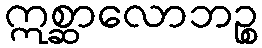
ဣစ္ဆာလောဘဉ္စ